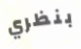
بنظري